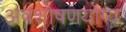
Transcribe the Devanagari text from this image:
अवशोषणयोग्य